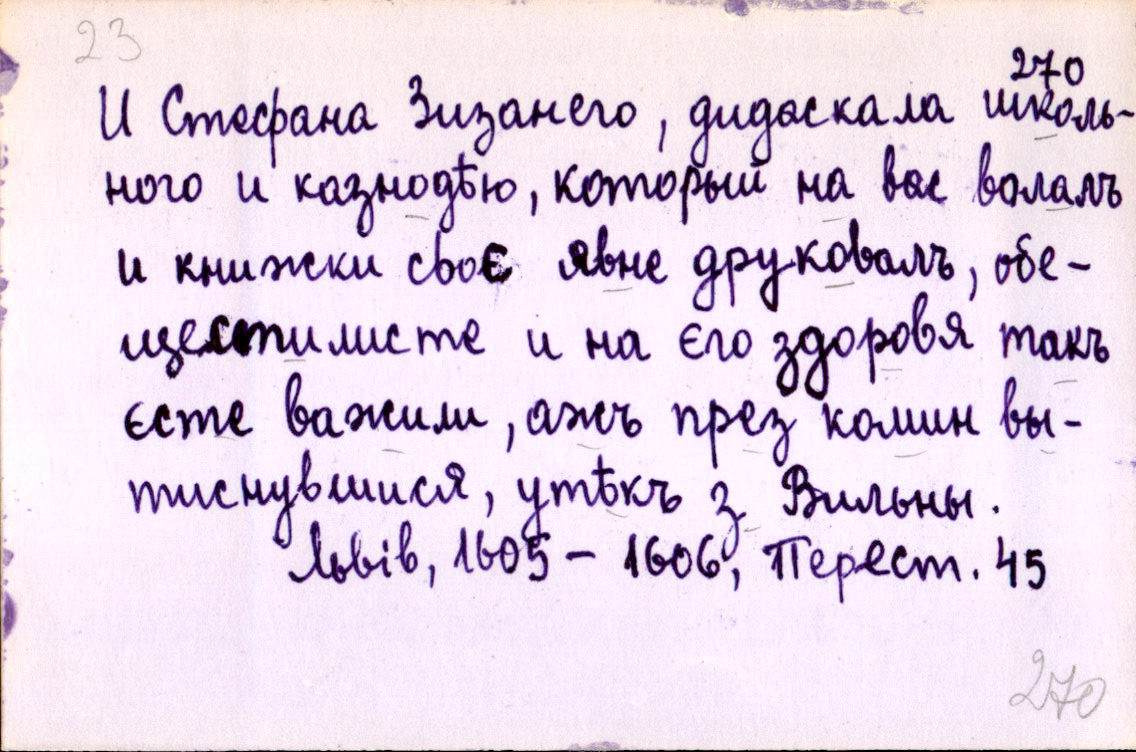
И Стефана Зизанего, дидаскала школь-
ного и казнодѣю, который на вас волалъ
и книжки своє явне друковалъ, обе-
щестилисте и на єго здоровя такъ
єсте важили, ажъ през комин вы-
тиснувшися, утѣкъ з Вильны.
Львів, 1605-1606, Перест. 45